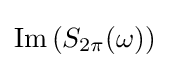
\operatorname {Im} {(S_{2\pi }(\omega ))}